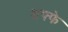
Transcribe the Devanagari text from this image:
अफ्फे